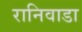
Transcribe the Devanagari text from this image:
रानिवाडा